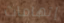
إتهامات